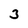
Character: 3